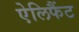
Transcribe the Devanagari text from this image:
ऐलिफैंट